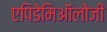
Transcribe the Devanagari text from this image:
एपिडेमिऑलोजी